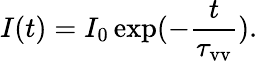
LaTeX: I(t)=I_{0}\exp(-\frac{t}{\tau_{\mathrm{vv}}}).